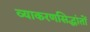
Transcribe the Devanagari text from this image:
व्याकरणसिद्धांतों